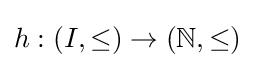
h:(I,\leq )\to (\mathbb {N} ,\leq )